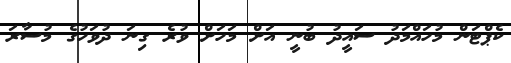
ކެޕްޓަން މުހައްމަދު ސައީދު ބުނީ އަށް މަހަށް ވުރެ ގިނަ ދުވަހުގެ މުސާރަ